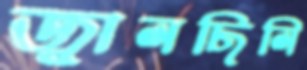
জ্বালছিলি